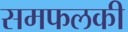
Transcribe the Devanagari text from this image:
समफलकी